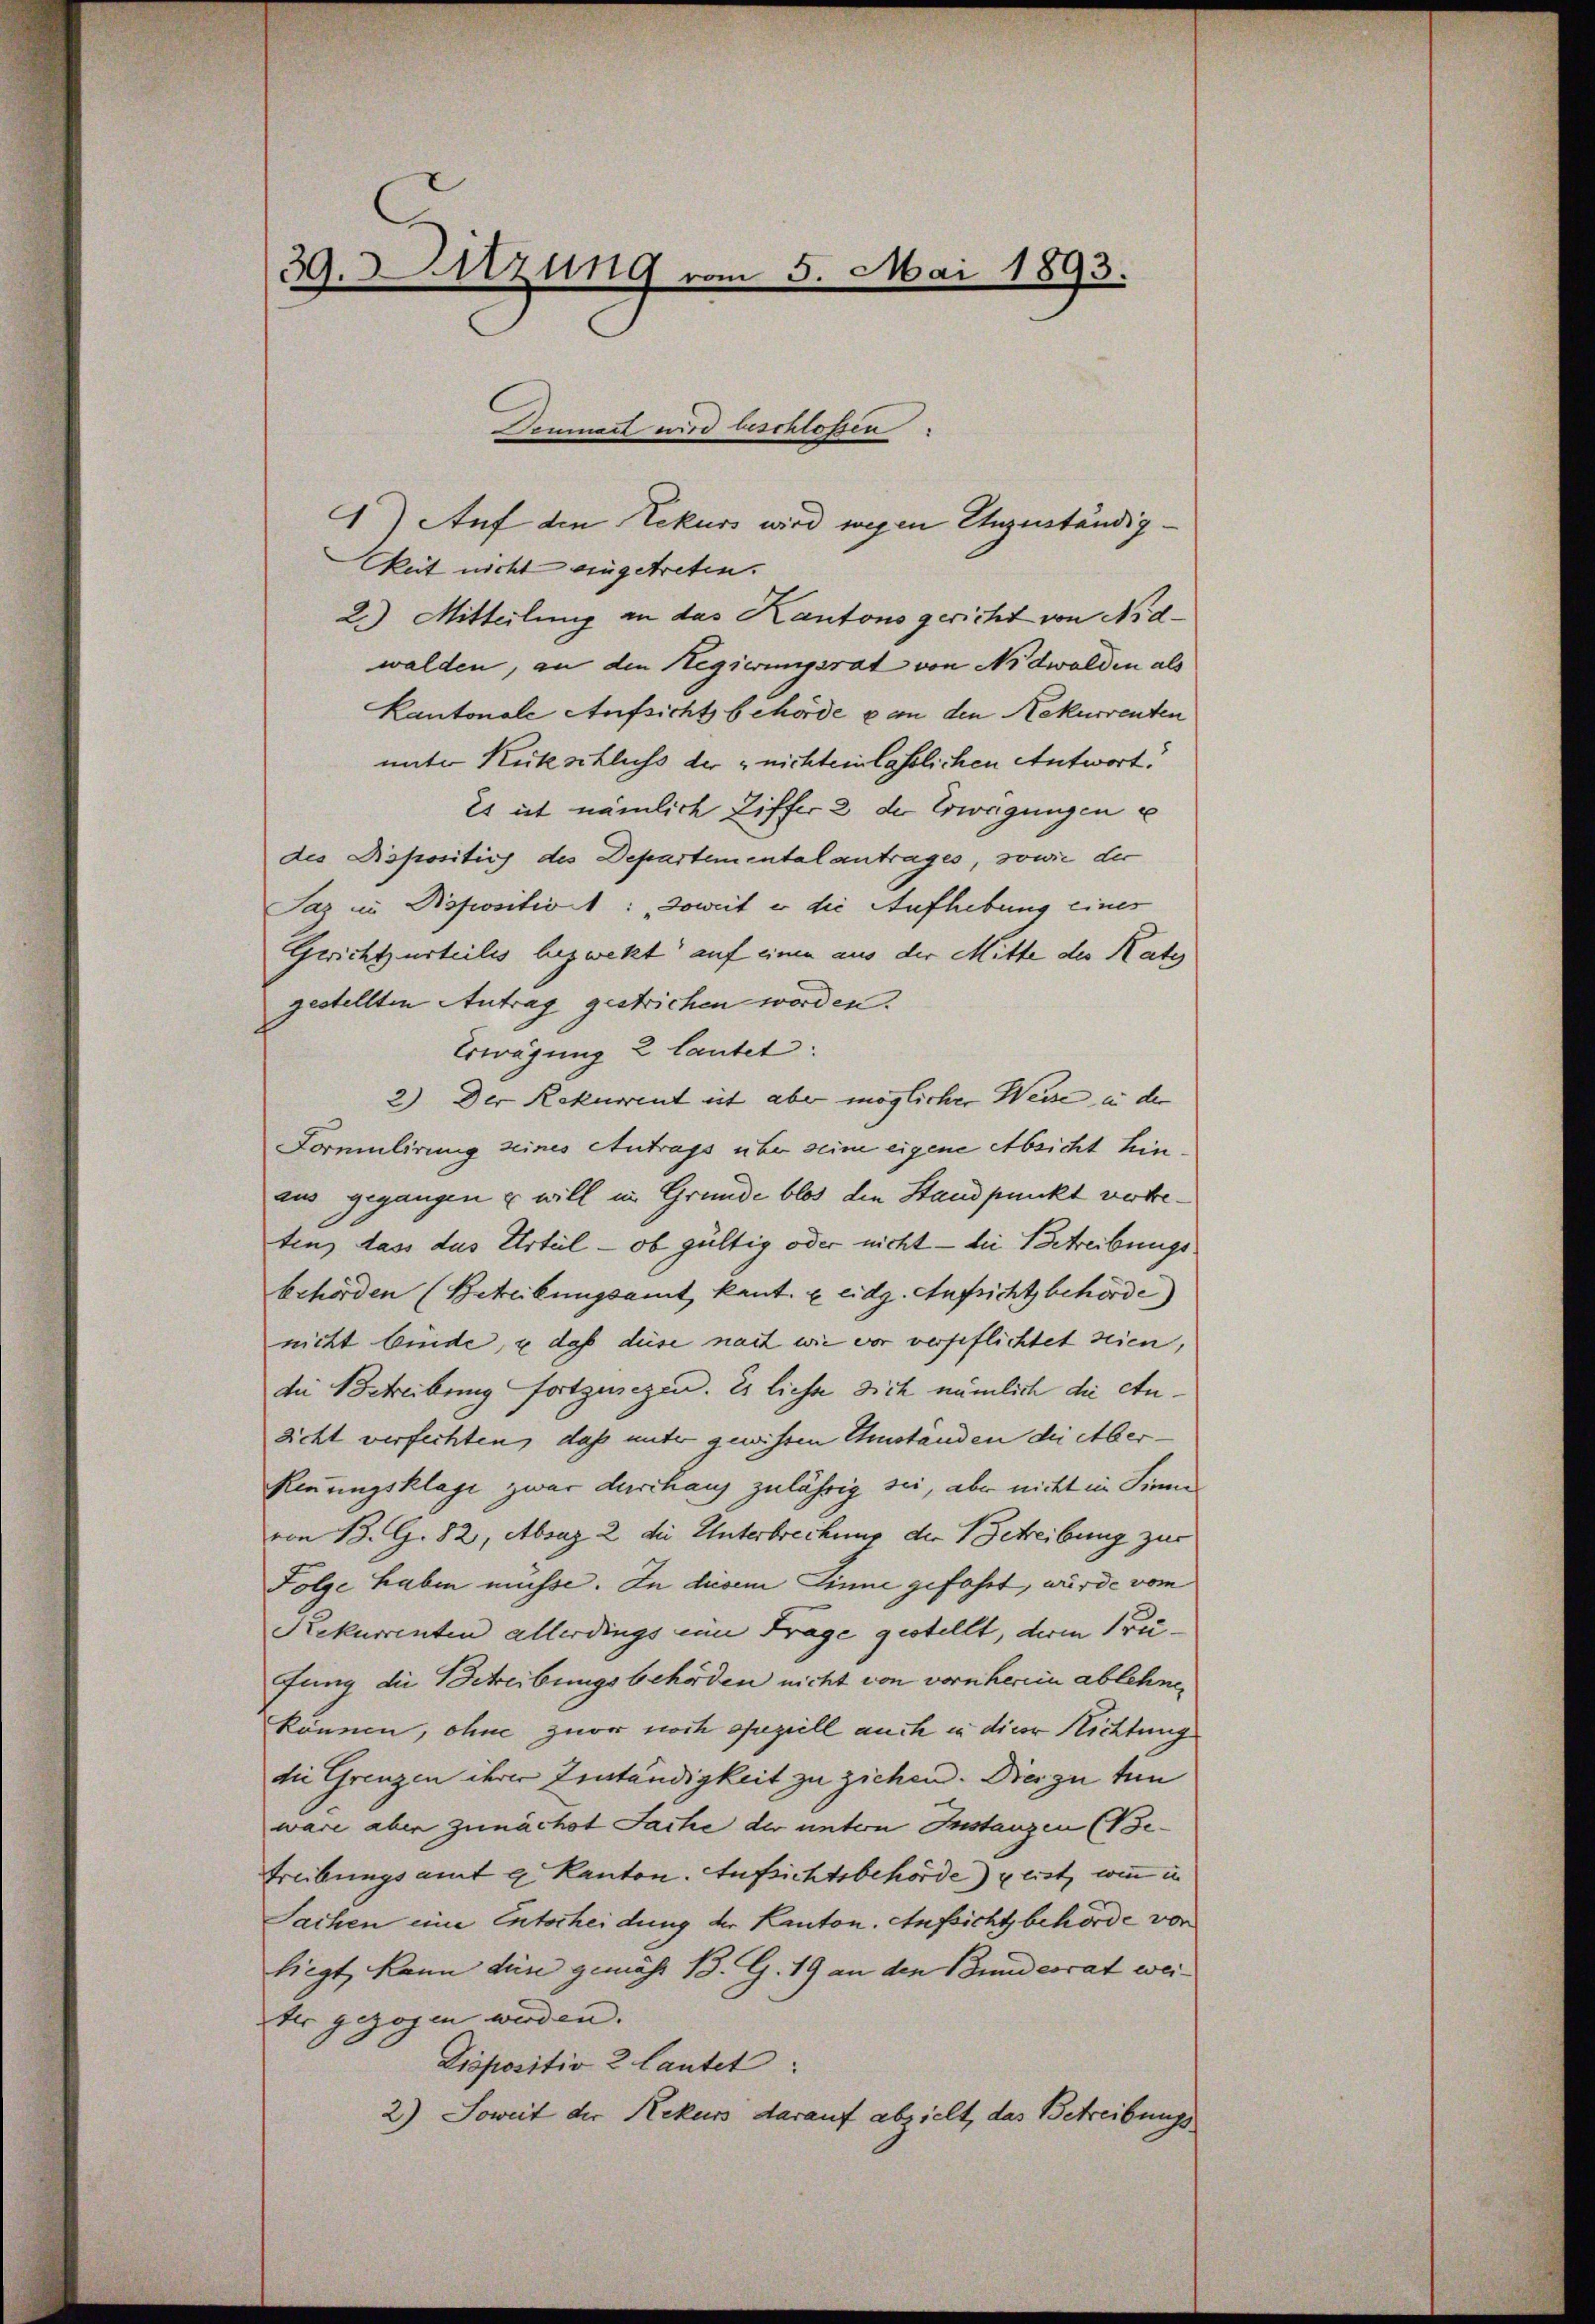
39. Sitzung vom 5. Mai 1893.

Denmatt wird beschlossen:

1) Auf den Rekurs wird wegen Augenständigkeit nicht eingetreten.
2.) Mitteilung an das Kantons gericht von Nidwalden, an den Regierungsrat von Nidwalden als
Kantonale Aufsicht behörde & an den Rekurrenten
unter Rückschluss der nichteinlässlichen Antwort!
Es ist nämlich Ziffer 2 der Erwägungen e
des Dispositiv des Departementalantrages, sowie die
Saz im Popositivst: „Soweit er die Aufhebung eines
Gerichtsurteiles bezwekt auf einen aus der Mitte des Rates
gestellten Antrag gestrichen worden.
Erwägung 2 lautet:
2.) Der Rekurrent ist aber möglicher Weise in der
Formulirung seines Antrags über seine eigene Absicht hin
aus gegangen u will in Grunde blos den Standpunkt verbreten, dass das Urteil - ob gültig oder nicht – die Betreibungsbehörden (Beteilungsamt, kant. u eidg. Aufsichtsbehörde)
nicht binde, & daß diese nach wie vor verfeflichtet seien,
die Betreibung fortzusezen. Es liesse dich nämlich die Andicht verfechten, daß unter gewissen Umständen die über¬
Renungsklage zwar durchaus zulährig sei, aber nicht in Sinne
von B. G. 82, Absaz 2 die Unterbrechung der Betreibung zur
Folge haben müsse. In disem Sinne gefahrt, wurde vom
Rekurrenten allerdings eine Frage gestellt, deren Frei-
fung die Betreibungsbehörden nicht von vornherein ablehnen
können, ohne zuvor noch speziell auch in dieser Richtung
die Grenzen ihrer Zinständigkeit zu ziehen. Die zu tun
wäre aber zunächst Sache der untern Instanzen (Be¬
Treibungsamt g. Kanton. Aufsichtsbehörde) ulirt, wenn in
Sachen eine Entscheidung der Kanton. Aufsicht behörde vor
liegt, kann diese gemäss B. G. 19 an den Bundesrat weiter gezogen werden.
Dispositio 2 lautet:
2) Soweit der Rekurs darauf abzielt, das Betreibungs